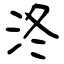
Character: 泈